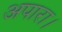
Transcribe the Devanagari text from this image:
अपारा।